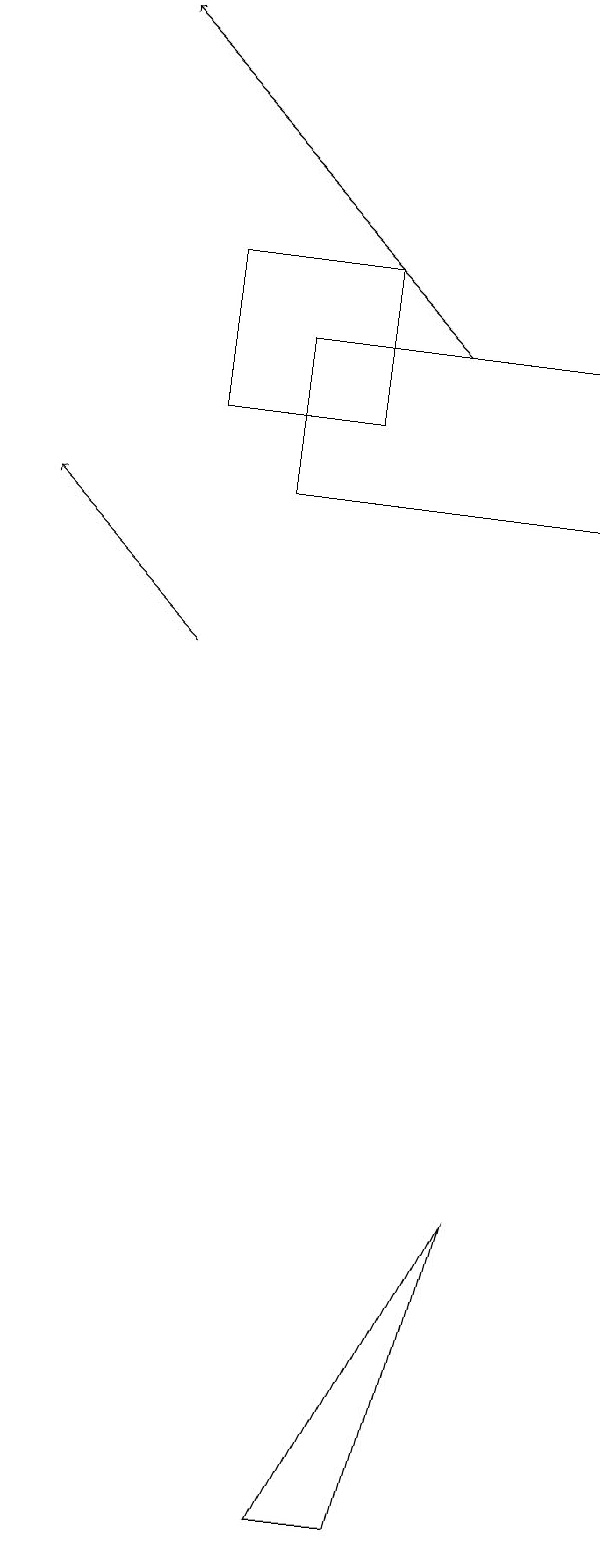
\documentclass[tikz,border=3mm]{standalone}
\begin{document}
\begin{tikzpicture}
\draw[->] (6,15) -- (2,19);
\draw (8,15) rectangle (4,13);
\draw (6,0) -- (7,4) -- (5,0) -- cycle;
\draw[->] (3,11) -- (1,13);
\draw (5,16) rectangle (3,14);
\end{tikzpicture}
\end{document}